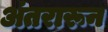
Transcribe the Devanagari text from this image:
अंतरारून